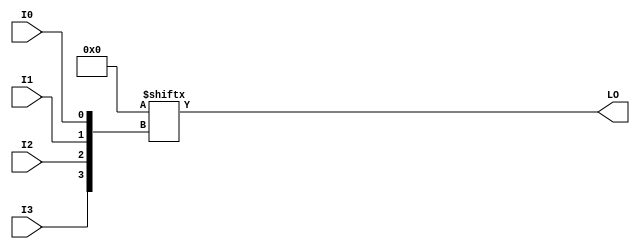
module LUT4_L (LO, I0, I1, I2, I3);

  parameter INIT = 16'h0000;

  input I0, I1, I2, I3;

  output LO;

  reg LO;
  reg tmp;

  always @(  I3 or  I2 or  I1 or  I0 )  begin
 
    tmp =  I0 ^ I1  ^ I2 ^ I3;

    if ( tmp == 0 || tmp == 1)

        LO = INIT[{I3, I2, I1, I0}];

    else 
    
      LO =  lut4_mux4 ( {lut4_mux4 ( INIT[15:12], {I1, I0}),
                          lut4_mux4 ( INIT[11:8], {I1, I0}),
                          lut4_mux4 ( INIT[7:4], {I1, I0}),
                          lut4_mux4 ( INIT[3:0], {I1, I0}) }, {I3, I2});
  end

  function lut4_mux4;
  input [3:0] d;
  input [1:0] s;
   
  begin

       if ((s[1]^s[0] ==1) || (s[1]^s[0] ==0))
           
           lut4_mux4 = d[s];

         else if ((d[0] === d[1]) && (d[2] === d[3]) && (d[0] === d[2])) 
           lut4_mux4 = d[0];
         else if ((s[1] == 0) && (d[0] === d[1]))
           lut4_mux4 = d[0];
         else if ((s[1] == 1) && (d[2] === d[3])) 
           lut4_mux4 = d[2];
         else if ((s[0] == 0) && (d[0] === d[2])) 
           lut4_mux4 = d[0];
         else if ((s[0] == 1) && (d[1] === d[3]))
           lut4_mux4 = d[1];
         else
           lut4_mux4 = 1'bx;
   end
  endfunction

endmodule